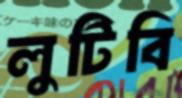
লুটিবি